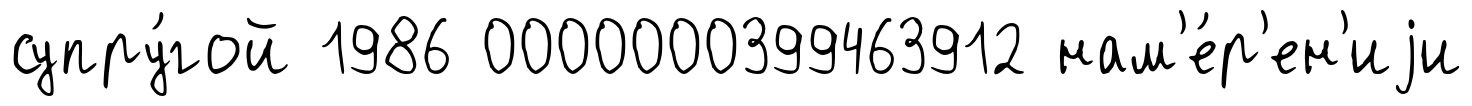
супру́гой 1986 0000000399463912 нам'е́р'ен'иjи